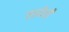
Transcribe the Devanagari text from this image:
तानेची